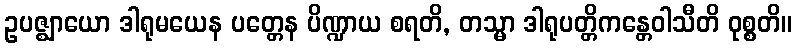
ဥပဇ္ဈာယော ဒါရုမယေန ပတ္တေန ပိဏ္ဍာယ စရတိ, တသ္မာ ဒါရုပတ္တိကန္တေဝါသီတိ ဝုစ္စတိ။